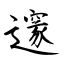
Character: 邃